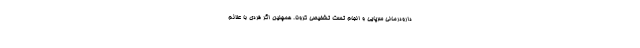
دارودرمانی سرپایی و انجام تست تشخیصی کرونا. همچنین اگر فردی با علائم